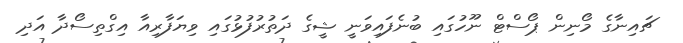
ޗައިނާގެ މޯނިން ޕޯސްޓް ނޫހުގައި ބުނެފައިވަނީ ޝީގެ ދަތުރުފުޅުގައި ވިޔަފާރިއާ އިގްތިސޯދާ އަދި